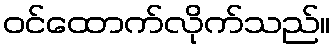
ဝင်ထောက်လိုက်သည်။